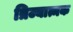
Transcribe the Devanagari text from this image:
त्रिज्यात्मक